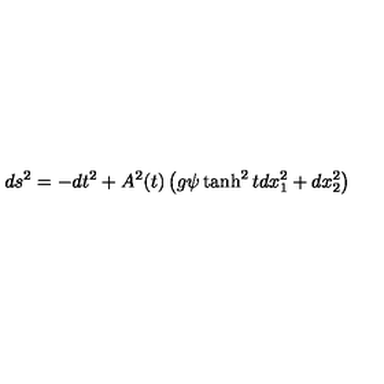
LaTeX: d s ^ { 2 } = - d t ^ { 2 } + A ^ { 2 } ( t ) \left( g \psi \tanh ^ { 2 } t d x _ { 1 } ^ { 2 } + d x _ { 2 } ^ { 2 } \right)